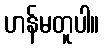
ဟန်မတူပါ။